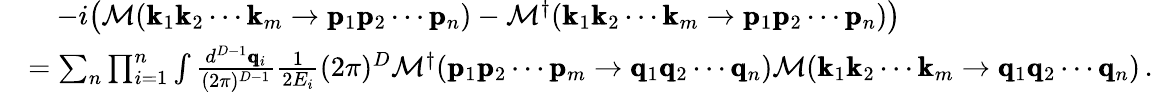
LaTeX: \begin{array}{rl}&{\quad-i\big(\mathcal{M}(\pmb{\mathrm{k}}_{1}\pmb{\mathrm{k}}_{2}\cdots\pmb{\mathrm{k}}_{m}\rightarrow\pmb{\mathrm{p}}_{1}\pmb{\mathrm{p}}_{2}\cdots\pmb{\mathrm{p}}_{n})-\mathcal{M}^{\dagger}(\pmb{\mathrm{k}}_{1}\pmb{\mathrm{k}}_{2}\cdots\pmb{\mathrm{k}}_{m}\rightarrow\pmb{\mathrm{p}}_{1}\pmb{\mathrm{p}}_{2}\cdots\pmb{\mathrm{p}}_{n})\big)}\\ &{=\sum_{n}\prod_{i=1}^{n}\int\frac{d^{D-1}\pmb{\mathrm{q}}_{i}}{(2\pi)^{D-1}}\frac{1}{2E_{i}}(2\pi)^{D}\mathcal{M}^{\dagger}(\pmb{\mathrm{p}}_{1}\pmb{\mathrm{p}}_{2}\cdots\pmb{\mathrm{p}}_{m}\rightarrow\pmb{\mathrm{q}}_{1}\pmb{\mathrm{q}}_{2}\cdots\pmb{\mathrm{q}}_{n})\mathcal{M}(\pmb{\mathrm{k}}_{1}\pmb{\mathrm{k}}_{2}\cdots\pmb{\mathrm{k}}_{m}\rightarrow\pmb{\mathrm{q}}_{1}\pmb{\mathrm{q}}_{2}\cdots\pmb{\mathrm{q}}_{n})\, .}\end{array}